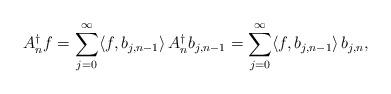
LaTeX: \begin{align*}A^\dagger_n f= \sum_{j=0}^\infty \langle f,b_{j,n-1}\rangle\,A^{\dagger}_n b_{j,n-1}= \sum_{j=0}^\infty \langle f,b_{j,n-1}\rangle\,b_{j,n},\end{align*}